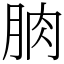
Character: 朒